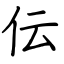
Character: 伝